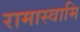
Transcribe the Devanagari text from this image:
रामास्वामि